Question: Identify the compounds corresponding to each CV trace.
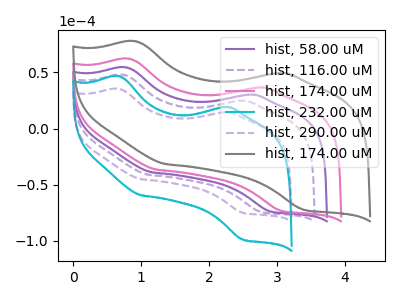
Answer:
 <answer>The purple curve is labeled "hist, 58.00 uM". The purple dashed curve is labeled "hist, 116.00 uM". The pink curve is labeled "hist, 174.00 uM". The cyan curve is labeled "hist, 232.00 uM". The purple dashed curve is labeled "hist, 290.00 uM". The gray curve is labeled "hist, 174.00 uM".</answer>
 <eval></eval>